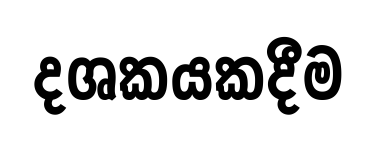
දශකයකදීම